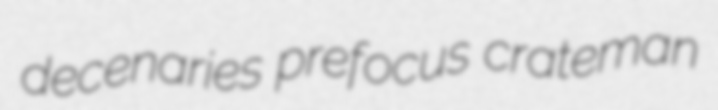
decenaries prefocus crateman